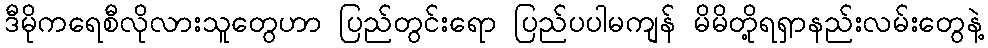
ဒီမိုကရေစီလိုလားသူတွေဟာ ပြည်တွင်းရော ပြည်ပပါမကျန် မိမိတို့ရရှာနည်းလမ်းတွေနဲ့